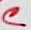
Text: C